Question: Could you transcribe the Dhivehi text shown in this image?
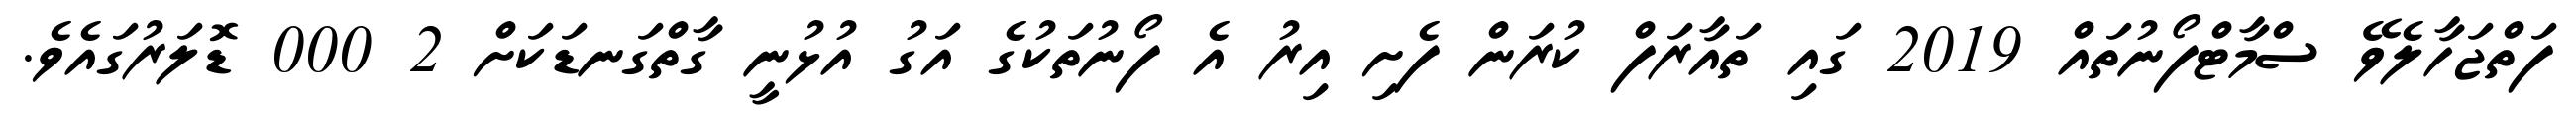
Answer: ފަތްޖަހާލެވޭ ސްމާޓްފޯނުތައް 2019 ގައި ތައާރަފް ކުރަން ފެށި އިރު އެ ފޯނުތަކުގެ އަގު އުޅުނީ ގާތްގަނޑަކަށް 2 000 ޑޮލަރުގައެވެ.